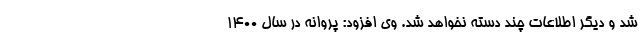
شد و دیگر اطلاعات چند دسته نخواهد شد. وی افزود: پروانه در سال ۱۴۰۰